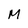
Character: M